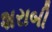
શરાબી